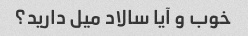
خوب و آیا سالاد میل دارید؟